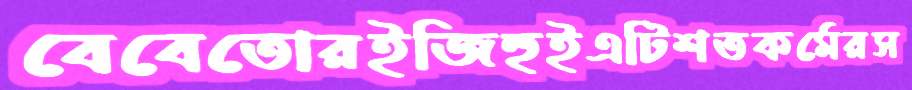
বেবেতোরইজিহুইএটিশতকর্মেরস